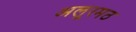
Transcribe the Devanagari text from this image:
अलूरमठ